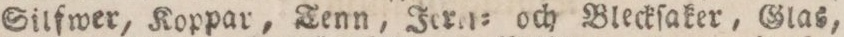
Silfwer, Koppar, Tenn, Jeres= och Bleckſaker, Glas,